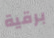
برقية